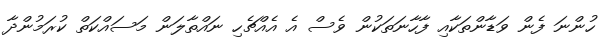
ހުންނަ ފެން ވަޑާންތަކާއި ފާހާނަތަކުން ވެސް އެ އެއްޗެހި ނައްތާލަން މަސައްކަތް ކުރަމުންދާ